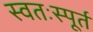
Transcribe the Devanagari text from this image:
स्वतःस्पूर्त